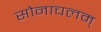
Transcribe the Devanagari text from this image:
सोनाचलम्